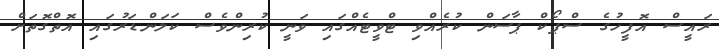
ރައީސް އޮފީހުގެ ސްޕޯކް ޕާސަން ކުރެއްވި ޓްވީޓެއްގައި ވަނީ ކުރިންވެސް ކަލަންޑަރުގައި އޮތްގޮތަށް